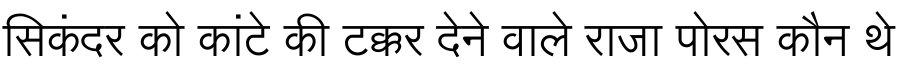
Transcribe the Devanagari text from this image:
सिकंदर को कांटे की टक्कर देने वाले राजा पोरस कौन थे